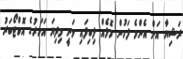
ރަޝިޔާ އަށް އެންމެ ފަހުން މޮޅެއް ލިބިފައި ވަނީ މިދިޔަ އަހަރުގެ އޮކްޓޯބަރު